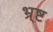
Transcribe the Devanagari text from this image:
भ्र्ष्ट